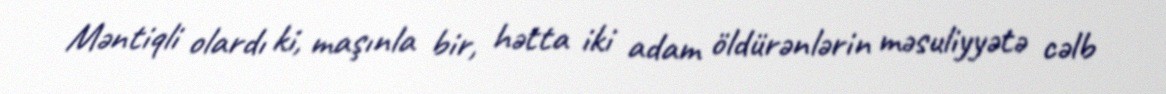
Məntiqli olardı ki, maşınla bir, hətta iki adam öldürənlərin məsuliyyətə cəlb